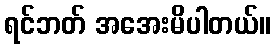
ရင်ဘတ် အအေးမိပါတယ်။